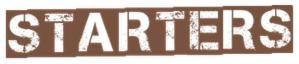
starters